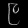
Digit: ၉